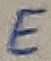
Text: E